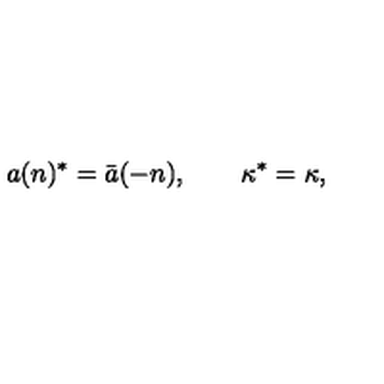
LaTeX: a ( n ) ^ { * } = \bar { a } ( - n ) , \qquad \kappa ^ { * } = \kappa ,